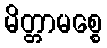
မိတ္တာမစ္စေ